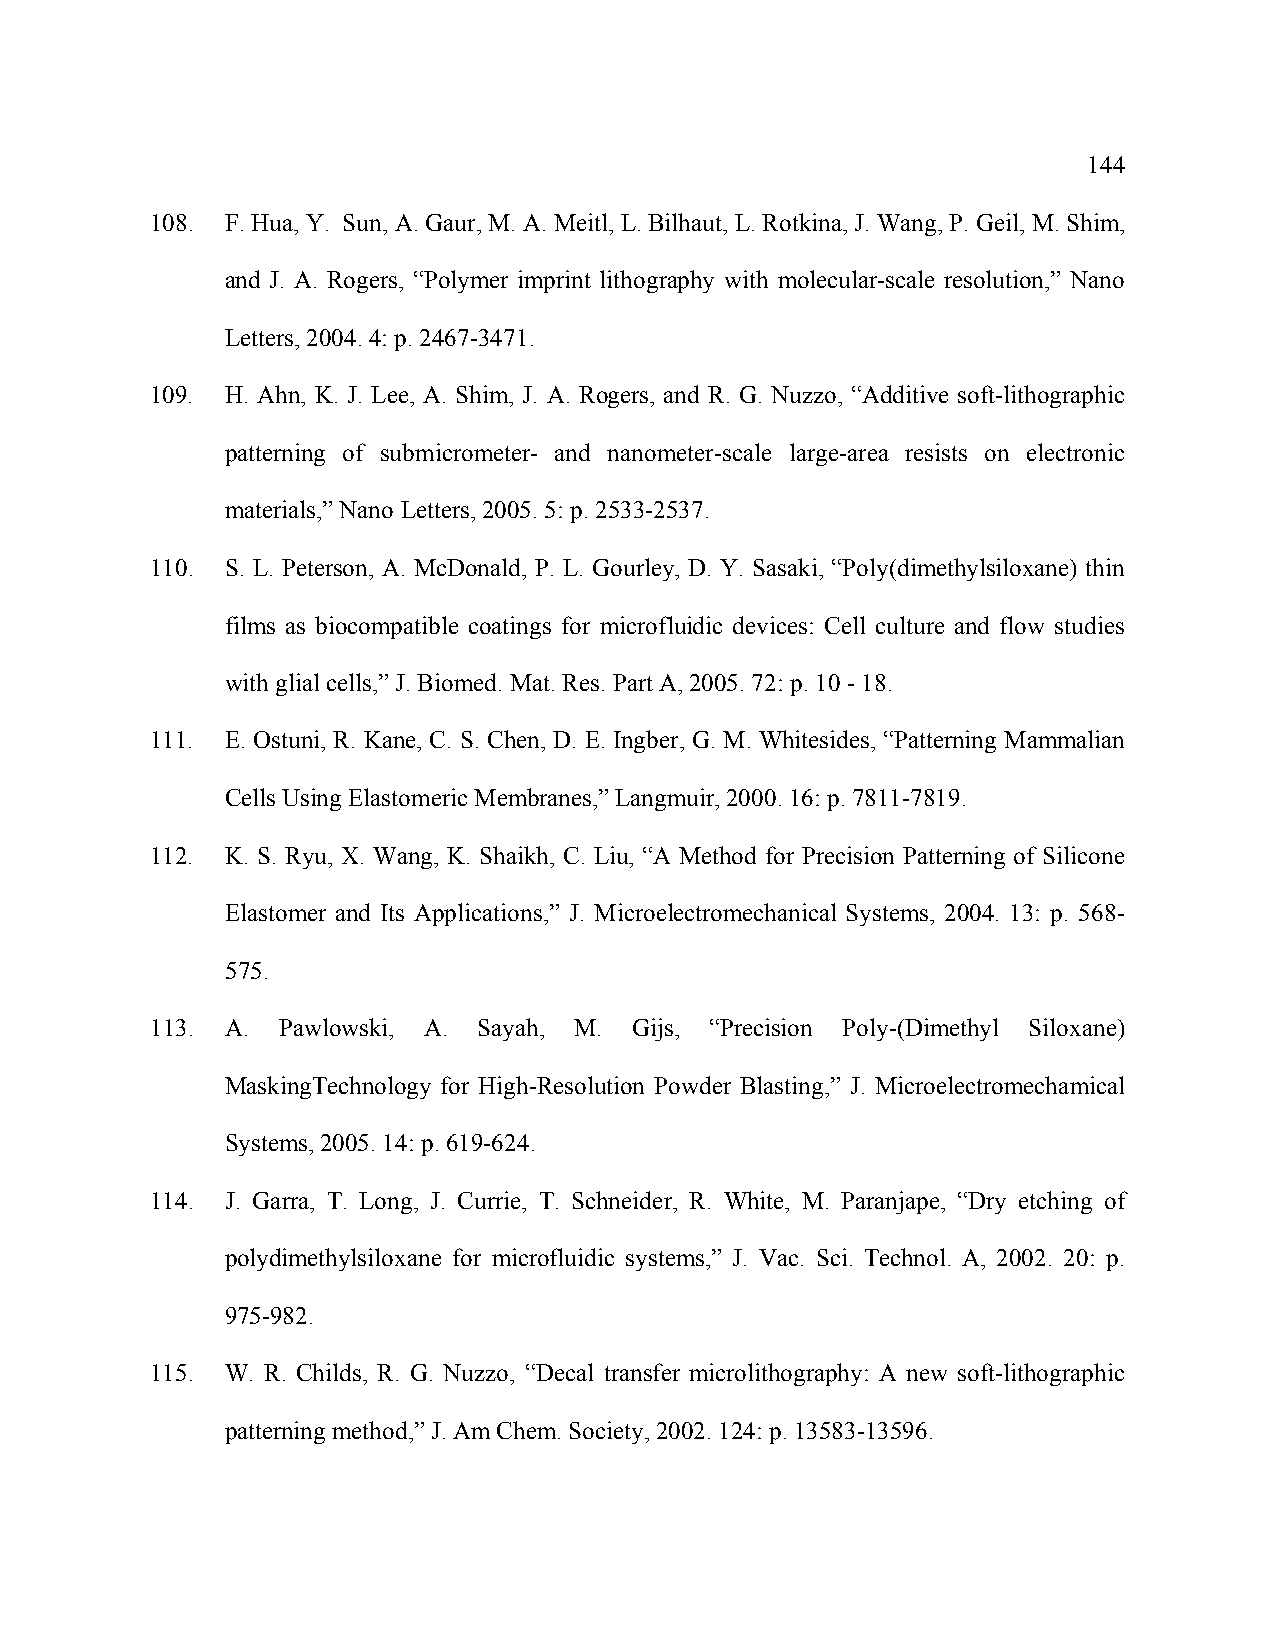
144
 108. F. Hua, Y. Sun, A. Gaur, M. A. Meitl, L. Bilhaut, L. Rotkina, J. Wang, P. Geil, M. Shim,
 and J. A. Rogers, “Polymer imprint lithography with molecular-scale resolution,” Nano
 Letters, 2004. 4: p. 2467-3471.
 109. H. Ahn, K. J. Lee, A. Shim, J. A. Rogers, and R. G. Nuzzo, “Additive soft-lithographic
 patterning of submicrometer- and nanometer-scale large-area resists on electronic
 materials,” Nano Letters, 2005. 5: p. 2533-2537.
 110. S. L. Peterson, A. McDonald, P. L. Gourley, D. Y. Sasaki, “Poly(dimethylsiloxane) thin
 films as biocompatible coatings for microfluidic devices: Cell culture and flow studies
 with glial cells,” J. Biomed. Mat. Res. Part A, 2005. 72: p. 10 - 18.
 111. E. Ostuni, R. Kane, C. S. Chen, D. E. Ingber, G. M. Whitesides, “Patterning Mammalian
 Cells Using Elastomeric Membranes,” Langmuir, 2000. 16: p. 7811-7819.
 112. K. S. Ryu, X. Wang, K. Shaikh, C. Liu, “A Method for Precision Patterning of Silicone
 Elastomer and Its Applications,” J. Microelectromechanical Systems, 2004. 13: p. 568-
 575.
 113. A. Pawlowski, A. Sayah, M. Gijs, “Precision Poly-(Dimethyl Siloxane)
 MaskingTechnology for High-Resolution Powder Blasting,” J. Microelectromechamical
 Systems, 2005. 14: p. 619-624.
 114. J. Garra, T. Long, J. Currie, T. Schneider, R. White, M. Paranjape, “Dry etching of
 polydimethylsiloxane for microfluidic systems,” J. Vac. Sci. Technol. A, 2002. 20: p.
 975-982.
 115. W. R. Childs, R. G. Nuzzo, “Decal transfer microlithography: A new soft-lithographic
 patterning method,” J. Am Chem. Society, 2002. 124: p. 13583-13596.